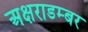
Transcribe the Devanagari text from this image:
अक्षराडम्बर